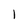
Character: 1